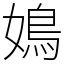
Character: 𡡅